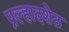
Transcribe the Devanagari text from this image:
प्रल्हादशेठ